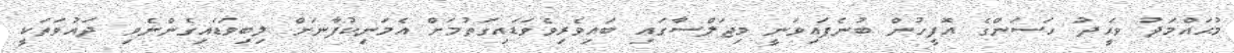
މުޙައްމަދު ވަޙީދު ހަސަންގެ އޮފީހުން ބުނެފައިވަނީ މިޖަލްސާގައި ބައިވެރިވެވަޑައިގަތުމަށް އެމަނިކުފާނަށް ލިބިވަޑައިގެންނެވި ދައުވަތަކީ